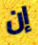
إن